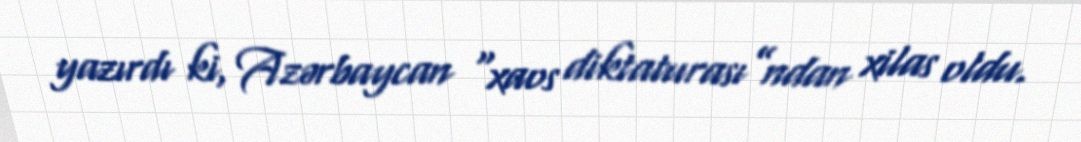
yazırdı ki, Azərbaycan “xaos diktaturası”ndan xilas oldu.